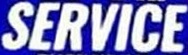
SERVICE